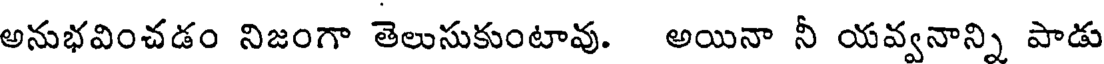
అనుభవించడం నిజంగా తెలుసుకుంటావు. అయినా నీ యవ్వనాన్ని పాడు